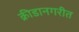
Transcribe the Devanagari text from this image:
क्रीडानगरीत